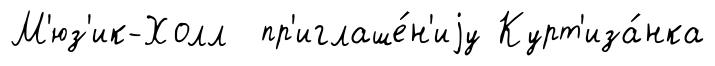
М'юз'ик-Холл пр'иглаше́н'иjу Курт'иза́нка